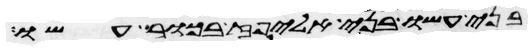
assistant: בני עשו בני אליפז בכור עשו